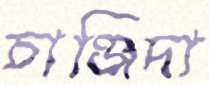
চাঞ্জিদা